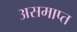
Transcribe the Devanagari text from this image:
असमाप्त